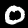
Digit: 0